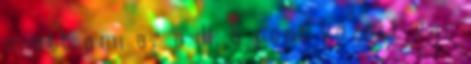
miatt ami az a ill. b pont között van